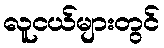
လူငယ်များတွင်